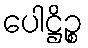
ပေါဋ္ဌိဉ္စ